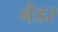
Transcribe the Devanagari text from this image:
नैडर